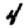
Digit: 4